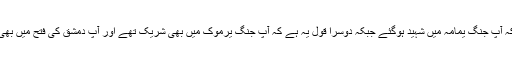
ایک قول یہ ہے کہ آپ جنگ یمامہ میں شہید ہوگئے جبکہ دوسرا قول یہ ہے کہ آپ جنگ یرموک میں بھی شریک تھے اور آپ دمشق کی فتح میں بھی پیش پیش تھے ۔